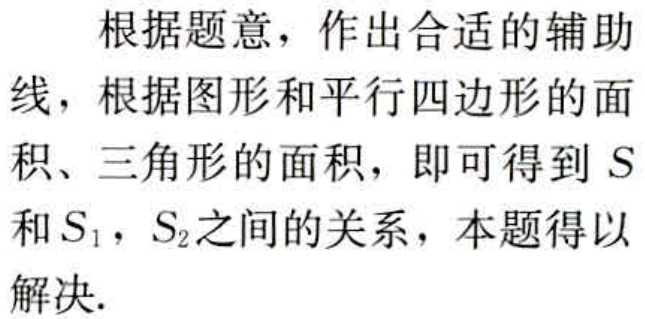
根据题意，作出合适的辅助线，根据图形和平行四边形的面积、三角形的面积，即可得到 \(S\) 和 \(S_{1}\)，\(S_{2}\)之间的关系，本题得以解决.